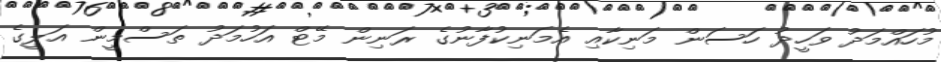
މުހައްމަދު ވަހީދު ހަސަން މަނިކާއި އެމަނިކުފާނުގެ ރަނިން މޭޓް އަހުމަދު ތަސްމީން އަލީގެ